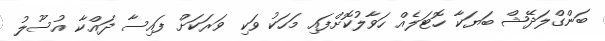
ބަންގްލަދޭޝް ބަޔަކާ ހޮޓަލެއް ހަވާލުކޮށްފައި މަހަކު ވަކި ވަރަކަށް ފައިސާ ދައްކާ އުސޫލު